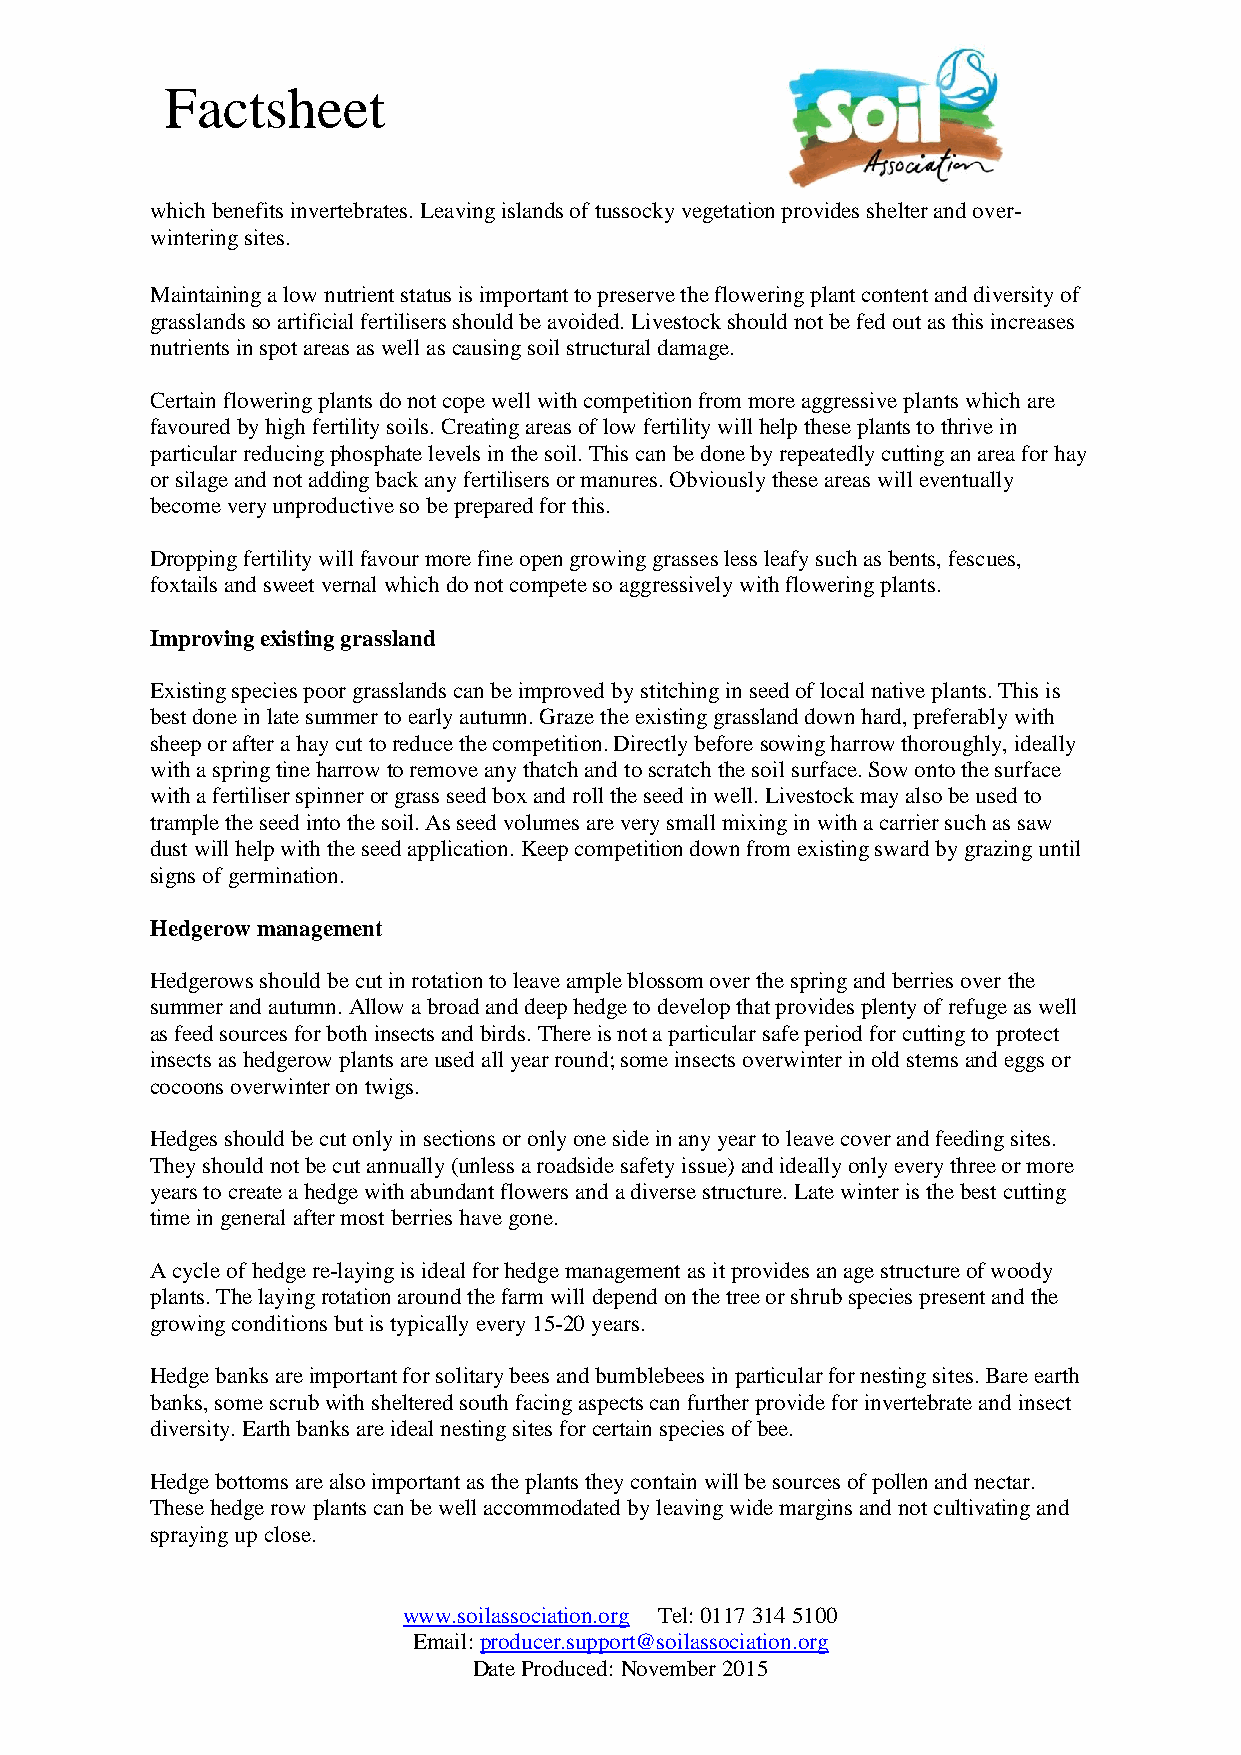
Factsheet
 which benefits invertebrates. Leaving islands of tussocky vegetation provides shelter and over-
 wintering sites.
 Maintaining a low nutrient status is important to preserve the flowering plant content and diversity of
 grasslands so artificial fertilisers should be avoided. Livestock should not be fed out as this increases
 nutrients in spot areas as well as causing soil structural damage.
 Certain flowering plants do not cope well with competition from more aggressive plants which are
 favoured by high fertility soils. Creating areas of low fertility will help these plants to thrive in
 particular reducing phosphate levels in the soil. This can be done by repeatedly cutting an area for hay
 or silage and not adding back any fertilisers or manures. Obviously these areas will eventually
 become very unproductive so be prepared for this.
 Dropping fertility will favour more fine open growing grasses less leafy such as bents, fescues,
 foxtails and sweet vernal which do not compete so aggressively with flowering plants.
 Improving existing grassland
 Existing species poor grasslands can be improved by stitching in seed of local native plants. This is
 best done in late summer to early autumn. Graze the existing grassland down hard, preferably with
 sheep or after a hay cut to reduce the competition. Directly before sowing harrow thoroughly, ideally
 with a spring tine harrow to remove any thatch and to scratch the soil surface. Sow onto the surface
 with a fertiliser spinner or grass seed box and roll the seed in well. Livestock may also be used to
 trample the seed into the soil. As seed volumes are very small mixing in with a carrier such as saw
 dust will help with the seed application. Keep competition down from existing sward by grazing until
 signs of germination.
 Hedgerow management
 Hedgerows should be cut in rotation to leave ample blossom over the spring and berries over the
 summer and autumn. Allow a broad and deep hedge to develop that provides plenty of refuge as well
 as feed sources for both insects and birds. There is not a particular safe period for cutting to protect
 insects as hedgerow plants are used all year round; some insects overwinter in old stems and eggs or
 cocoons overwinter on twigs.
 Hedges should be cut only in sections or only one side in any year to leave cover and feeding sites.
 They should not be cut annually (unless a roadside safety issue) and ideally only every three or more
 years to create a hedge with abundant flowers and a diverse structure. Late winter is the best cutting
 time in general after most berries have gone.
 A cycle of hedge re-laying is ideal for hedge management as it provides an age structure of woody
 plants. The laying rotation around the farm will depend on the tree or shrub species present and the
 growing conditions but is typically every 15-20 years.
 Hedge banks are important for solitary bees and bumblebees in particular for nesting sites. Bare earth
 banks, some scrub with sheltered south facing aspects can further provide for invertebrate and insect
 diversity. Earth banks are ideal nesting sites for certain species of bee.
 Hedge bottoms are also important as the plants they contain will be sources of pollen and nectar.
 These hedge row plants can be well accommodated by leaving wide margins and not cultivating and
 spraying up close.
 www.soilassociation.org Tel: 0117 314 5100
 Email: producer.support@soilassociation.org
 Date Produced: November 2015